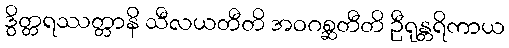
ဒွိတ္တရဿတ္တာနိ သီလယတီတိ အဝဂစ္ဆတီတိ ဦရုန္တရိကာယ